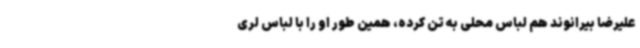
علیرضا بیرانوند هم لباس محلی به تن کرده، همین‌ طور او را با لباس لری